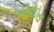
એરાઇસ